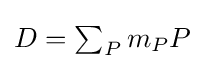
\textstyle D=\sum _{P}m_{P}P